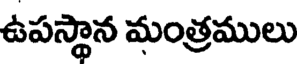
ఉపస్థాన మంత్రములు